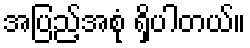
အပြည့်အစုံ ရှိပါတယ်။